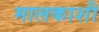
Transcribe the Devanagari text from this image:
मालकाशी